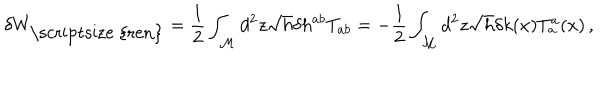
\delta W _ { { \mathrm { \scriptsize ~ { r e n } } } } = \frac { 1 } { 2 } \int _ { \cal M } d ^ { 2 } z \sqrt { h } \delta h ^ { a b } T _ { a b } = - \frac { 1 } { 2 } \int _ { \cal M } d ^ { 2 } z \sqrt { h } \delta k ( x ) T _ { a } ^ { a } ( x ) \, ,